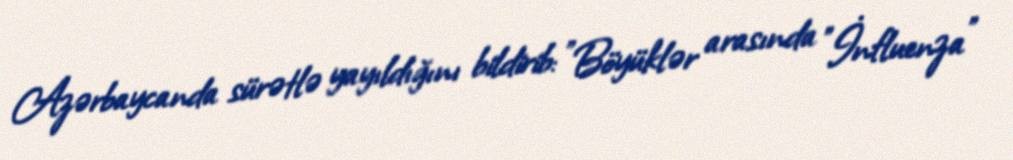
Azərbaycanda sürətlə yayıldığını bildirib: "Böyüklər arasında "İnfluenza"